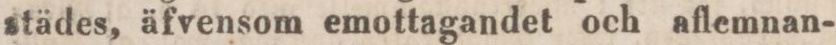
städes, äfvensom emottagandet och aflemnan-